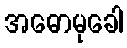
အဓောမုခေါ